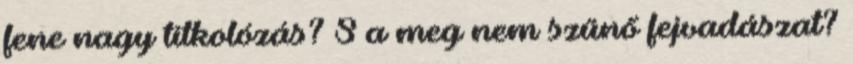
fene nagy titkolózás? S a meg nem szűnő fejva­dá­szat?